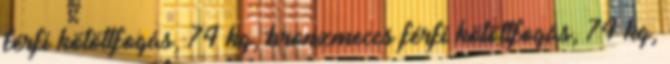
férfi kötöttfogás, 74 kg, bronzmeccs férfi kötöttfogás, 74 kg,